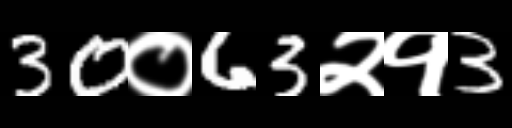
Text: 30०63२१3